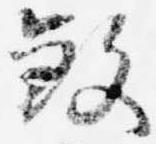
殺